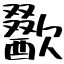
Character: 歠